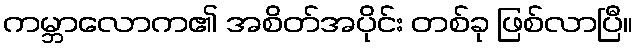
ကမ္ဘာလောက၏ အစိတ်အပိုင်း တစ်ခု ဖြစ်လာပြီ။